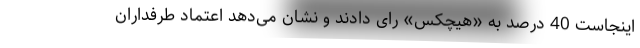
اینجاست 40 درصد به «هیچکس» رای دادند و نشان می‌دهد اعتماد طرفداران